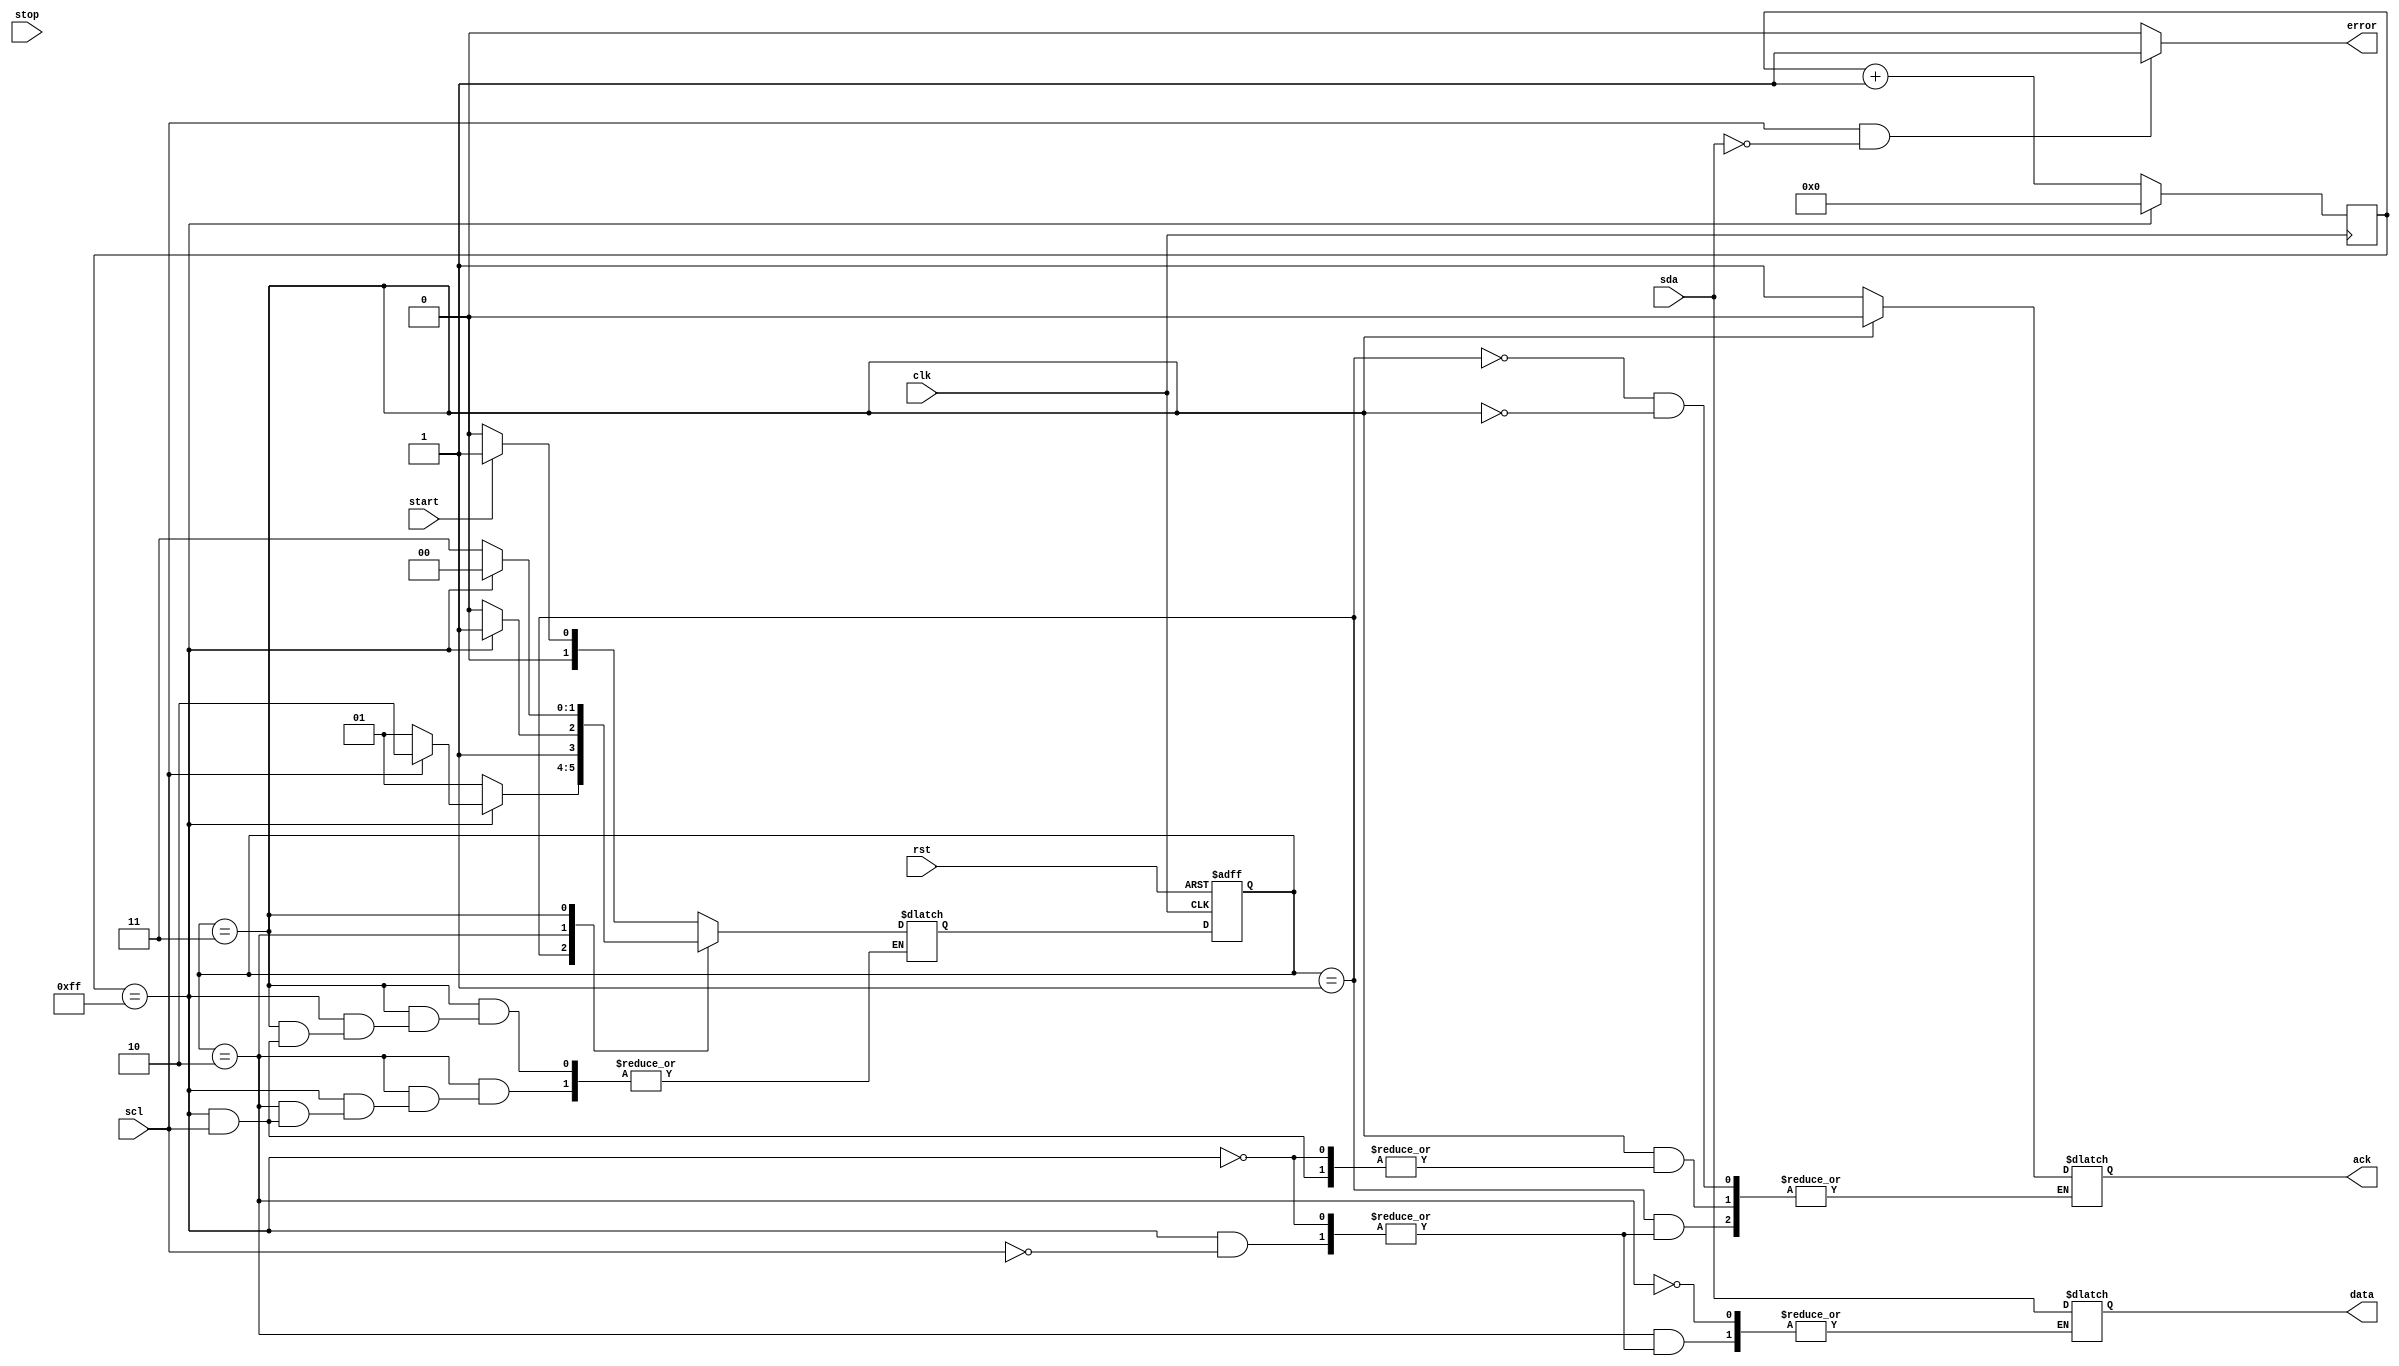
module i2c_controller (
    input wire clk,
    input wire rst,
    input wire start,
    input wire stop,
    input wire scl,
    input wire sda,
    output reg ack,
    output reg data,
    output reg error
);

// Define states
parameter IDLE = 2'b00;
parameter START = 2'b01;
parameter READ = 2'b10;
parameter WRITE = 2'b11;

// Define clock divider
reg [7:0] clk_divider;
parameter CLK_DIVIDER_MAX = 8'hFF;

// Define state machine variables
reg [1:0] state, next_state;
reg [7:0] counter;
reg write_data;

// Set initial values
always @(posedge clk or posedge rst) begin
    if (rst) begin
        state <= IDLE;
        counter <= 8'b0;
    end else begin
        state <= next_state;
        counter <= counter;
    end
end

// Clock divider
always @(posedge clk) begin
    if (clk_divider == CLK_DIVIDER_MAX) begin
        clk_divider <= 8'b0;
    end else begin
        clk_divider <= clk_divider + 1;
    end
end

// State machine
always @(*) begin
    case(state)
        IDLE: begin
            if (start) begin
                next_state = START;
            end else begin
                next_state = IDLE;
            end
        end
        START: begin
            if (clk_divider == CLK_DIVIDER_MAX) begin
                if (scl == 1) begin
                    next_state = READ;
                    ack <= 1;
                end else begin
                    next_state = START;
                end
            end else begin
                next_state = START;
            end
        end
        READ: begin
            if (clk_divider == CLK_DIVIDER_MAX) begin
                if (scl == 1) begin
                    data <= sda;
                end else begin
                    next_state = WRITE;
                end
            end else begin
                next_state = READ;
            end
        end
        WRITE: begin
            if (clk_divider == CLK_DIVIDER_MAX) begin
                if (scl == 1) begin
                    write_data <= sda;
                end else begin
                    next_state = IDLE;
                    ack <= 0;
                end
            end else begin
                next_state = WRITE;
            end
        end
    endcase
end

// Error checking
always @(*) begin
    if (scl == 1 && sda == 0) begin
        error <= 1;
    end else begin
        error <= 0;
    end
end

endmodule